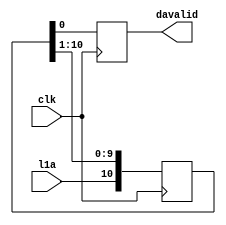
// This  Verilog HDL  source  file was  automatically generated
// by C++ model based on VPP library. Modification of this file
// is possible, but if you want to keep it in sync with the C++
// model,  please  modify  the model and re-generate this file.
// VPP library web-page: http://www.phys.ufl.edu/~madorsky/vpp/

// Timestamp : Wed Aug  8 10:10:50 2012

module davgen
(
    l1a,
    davalid,
    clk
);

    input l1a;
    output davalid;
    reg    davalid;
    input clk;

    reg [10:0] l1a_sh;
    always @(posedge clk) 
    begin
        davalid = l1a_sh[0];
        l1a_sh = {l1a, l1a_sh[10:1]};
    end
endmodule